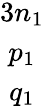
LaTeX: \begin{array}{c}{3n_{1}}\\ {p_{1}}\\ {q_{1}}\end{array}